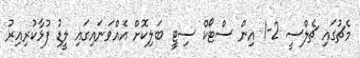
މެޗުގައި ޗެލްސީ 2-1 އިން ސްޓޯކް ސިޓީ ބަލިކޮށް އެއްވަނައިގައި ލީޑު ފުޅާކުރިއިރު